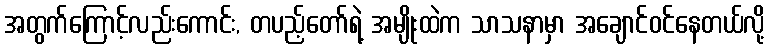
အတွက်ကြောင့်လည်းကောင်း, တပည့်တော်ရဲ့ အမျိုးထဲက သာသနာမှာ အချောင်ဝင်နေတယ်လို့